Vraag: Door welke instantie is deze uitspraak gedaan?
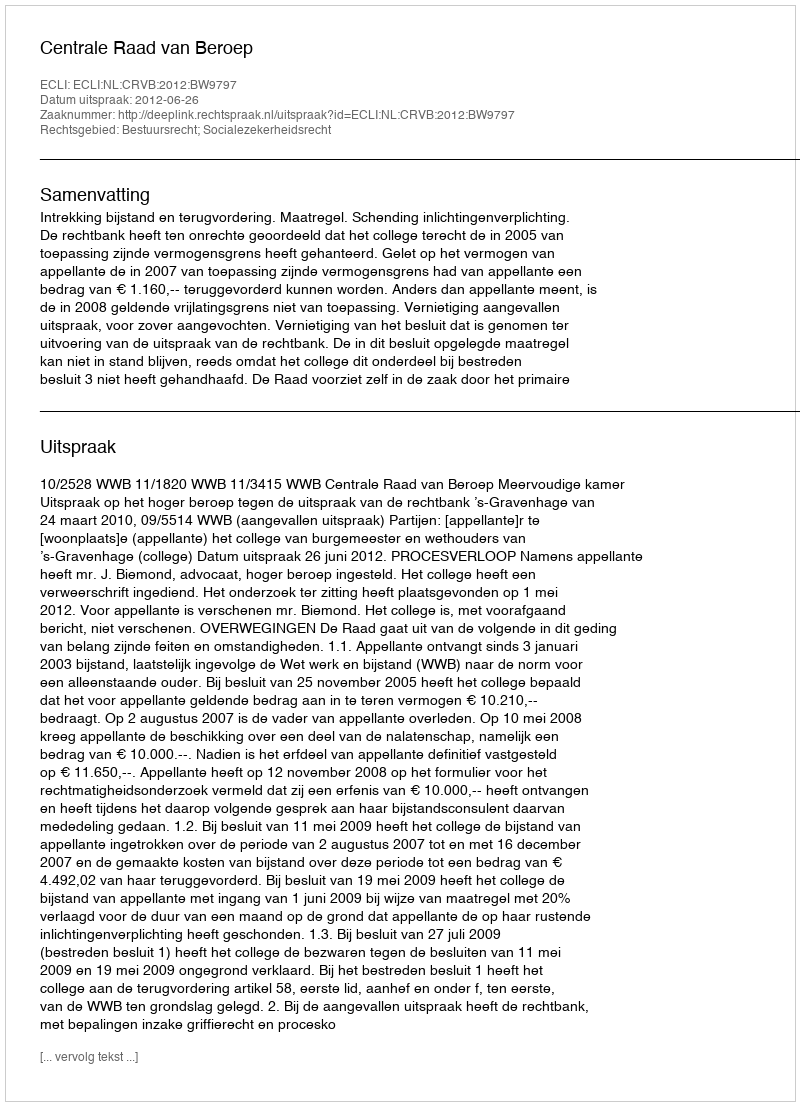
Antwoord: Centrale Raad van Beroep